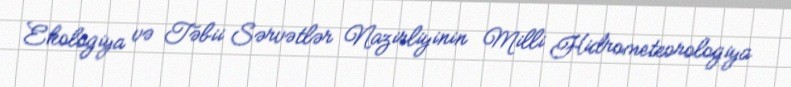
Ekologiya və Təbii Sərvətlər Nazirliyinin Milli Hidrometeorologiya